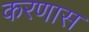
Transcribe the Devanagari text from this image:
करणास